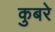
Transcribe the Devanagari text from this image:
कुबरे